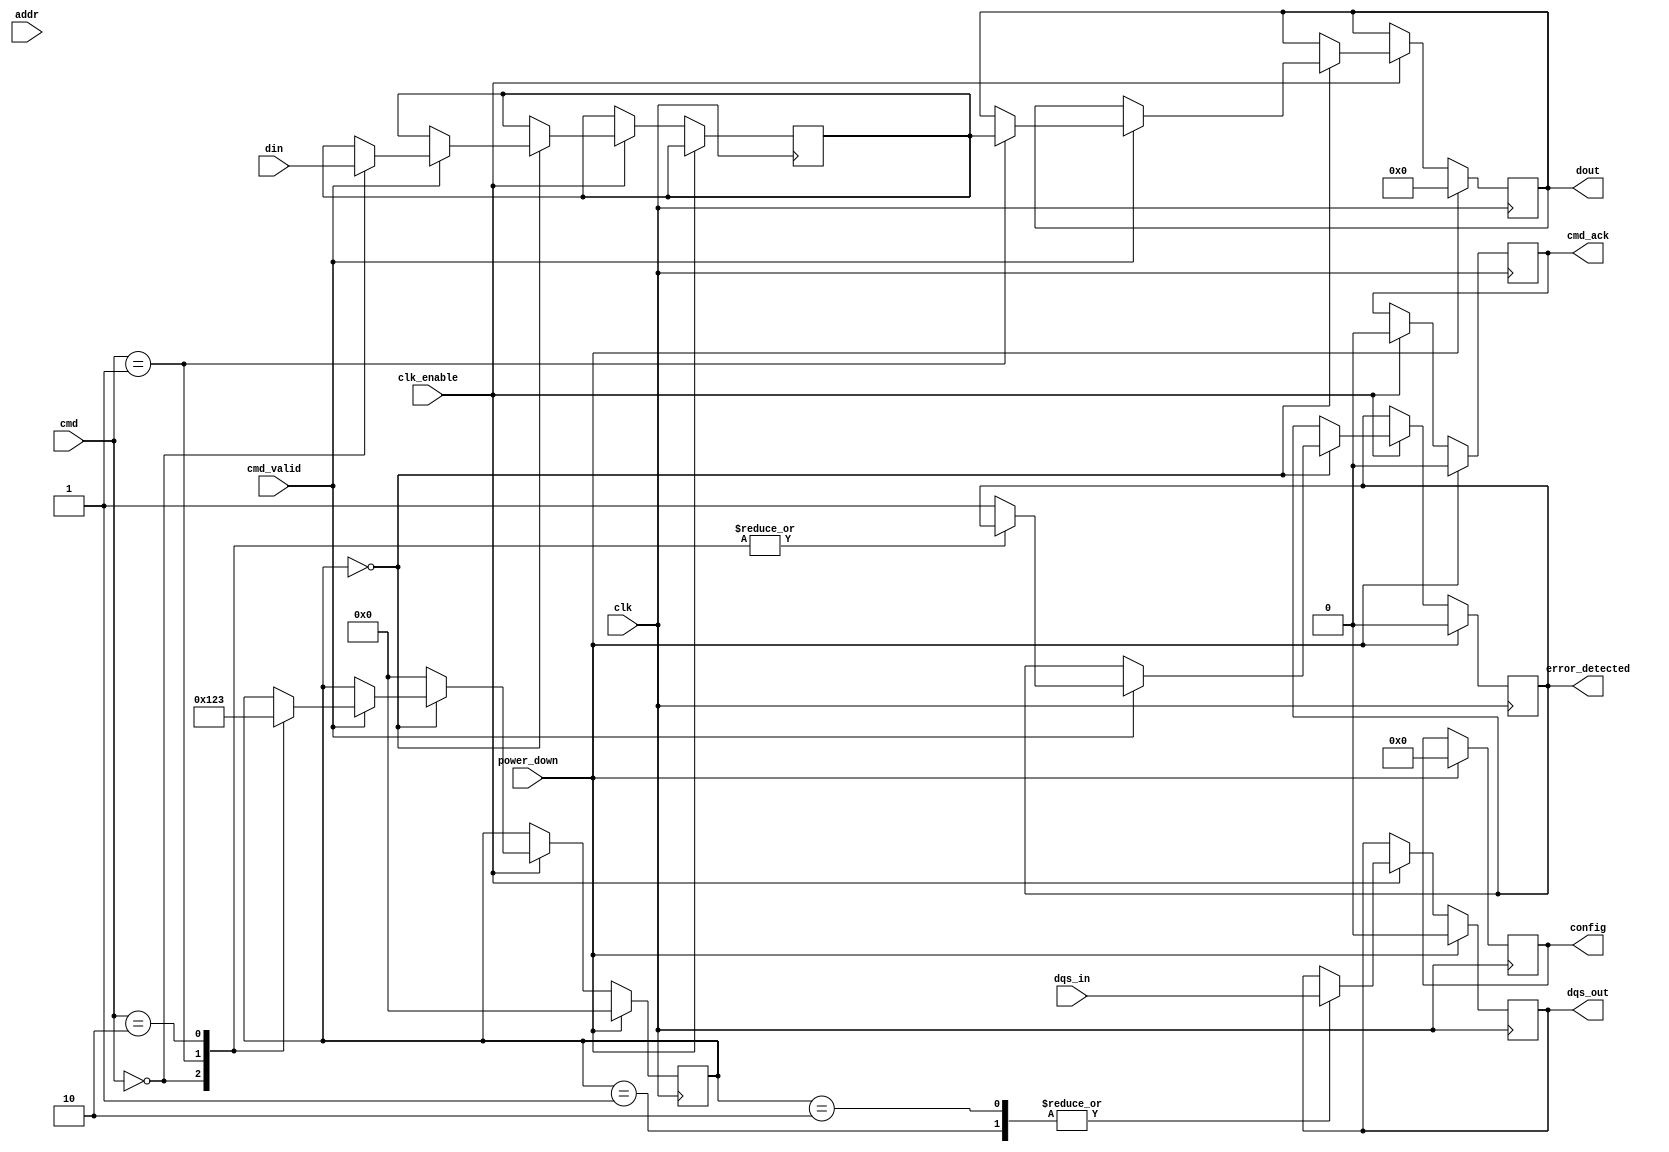
module gddr_io_block #(
    parameter DATA_WIDTH = 64, // Supported data width (16, 32, 64 bits)
    parameter ADDR_WIDTH = 32   // Address width
)(
    input wire clk,                   // Clock signal
    input wire clk_enable,            // Clock enable signal
    input wire [DATA_WIDTH-1:0] din,  // Data input
    output reg [DATA_WIDTH-1:0] dout, // Data output
    input wire dqs_in,                // Data strobe input
    output reg dqs_out,               // Data strobe output
    input wire [ADDR_WIDTH-1:0] addr, // Address input
    input wire cmd_valid,             // Command valid signal
    input wire [2:0] cmd,             // Command (read, write, refresh, etc.)
    output reg cmd_ack,               // Command acknowledge signal
    input wire power_down,            // Power down mode signal
    output reg error_detected,        // Error detection output
    output reg [7:0] config           // Configuration register
);

    // Internal signals
    reg [DATA_WIDTH-1:0] data_buffer; // Internal data buffer
    reg [3:0] state;                  // State machine for command processing

    // State machine for commands
    always @(posedge clk) begin
        if (power_down) begin
            // Handle power down mode
            dout <= {DATA_WIDTH{1'b0}};
            dqs_out <= 1'b0;
            cmd_ack <= 1'b0;
            error_detected <= 1'b0;
            state <= 0;
        end else if (clk_enable) begin
            case (state)
                4'b0000: begin // Idle state
                    if (cmd_valid) begin
                        cmd_ack <= 1'b1; // Acknowledge command
                        case (cmd)
                            3'b000: begin // Write command
                                data_buffer <= din;
                                state <= 4'b0001; // Move to write state
                            end
                            3'b001: begin // Read command
                                dout <= data_buffer; // Output data
                                state <= 4'b0010; // Move to read state
                            end
                            3'b010: begin // Refresh command
                                // Handle refresh
                                state <= 4'b0011; // Move to refresh state
                            end
                            default: begin
                                error_detected <= 1'b1; // Invalid command
                            end
                        endcase
                    end
                end
                4'b0001: begin // Write state
                    // Handle write operations
                    dqs_out <= dqs_in; // Capture DQS
                    // Additional write handling logic here
                    state <= 4'b0000; // Return to idle
                end
                4'b0010: begin // Read state
                    // Handle read operations
                    dqs_out <= dqs_in; // Capture DQS
                    // Additional read handling logic here
                    state <= 4'b0000; // Return to idle
                end
                4'b0011: begin // Refresh state
                    // Handle refresh operations
                    // Additional refresh handling logic here
                    state <= 4'b0000; // Return to idle
                end
                default: begin
                    state <= 4'b0000; // Reset to idle
                end
            endcase
            cmd_ack <= 1'b0; // Clear command acknowledge after processing
        end
    end

    // Configuration logic
    always @(posedge clk) begin
        // Example configuration handling
        if (power_down) begin
            config <= 8'b00000000; // Reset configuration on power down
        end else begin
            // Configuration logic here (e.g., programming drive strength)
        end
    end

endmodule